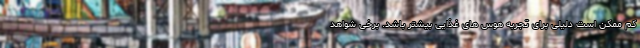
کم ممکن است دلیلی برای تجربه هوس های غذایی بیشتر باشد. برخی شواهد